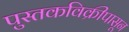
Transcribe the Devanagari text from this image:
पुस्तकविक्रीपासून